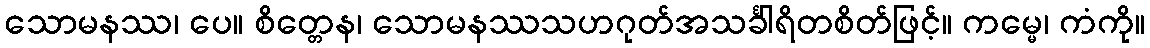
သောမနဿ၊ ပေ။ စိတ္တေန၊ သောမနဿသဟဂုတ်အသင်္ခါရိတစိတ်ဖြင့်။ ကမ္မေ၊ ကံကို။